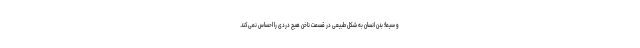
و سیما؛ بدن انسان به شکل طبیعی در قسمت ناخن هیچ دردی را احساس نمی‌کند.